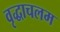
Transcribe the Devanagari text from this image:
वृद्धाचलम